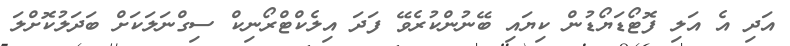
އަދި އެ އަލި ފޮޓޯޑަޔޯޑުން ކިޔައި ބޭނުންކުރެވޭ ފަދަ އިލެކްޓްރޯނިކް ސިގްނަލަކަށް ބަދަލުކޮށްލަ